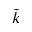
\tilde { k }